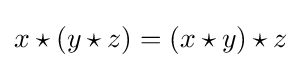
x\star (y\star z)=(x\star y)\star z